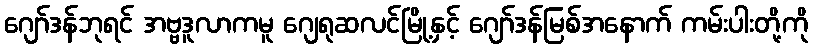
ဂျော်ဒန်ဘုရင် အဗ္ဗဒူလာကမူ ဂျေရုဆလင်မြို့နှင့် ဂျော်ဒန်မြစ်အနောက် ကမ်းပါးတို့ကို